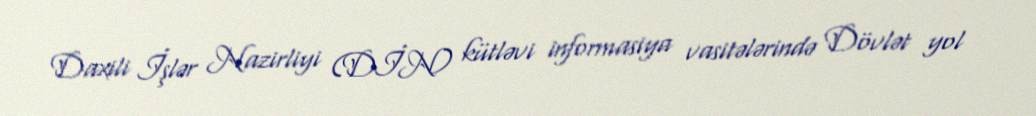
Daxili İşlər Nazirliyi (DİN) kütləvi informasiya vasitələrində Dövlət yol